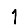
Digit: 1